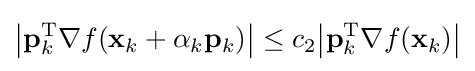
{\big |}\mathbf {p} _{k}^{\mathrm {T} }\nabla f(\mathbf {x} _{k}+\alpha _{k}\mathbf {p} _{k}){\big |}\leq c_{2}{\big |}\mathbf {p} _{k}^{\mathrm {T} }\nabla f(\mathbf {x} _{k}){\big |}